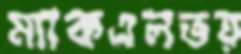
ম্যাকএলভয়